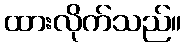
ထားလိုက်သည်။